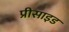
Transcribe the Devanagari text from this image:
प्रीसाइड